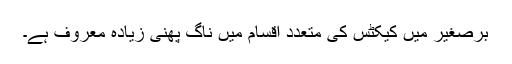
برصغیر میں کیکٹس کی متعدد اقسام میں ناگ پھنی زیادہ معروف ہے۔